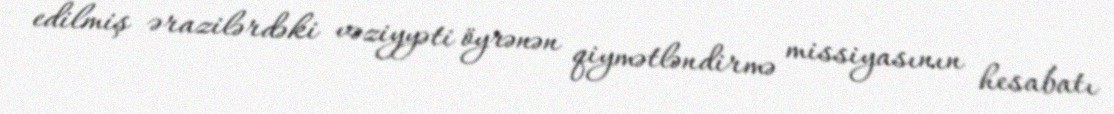
edilmiş ərazilərdəki vəziyyəti öyrənən qiymətləndirmə missiyasının hesabatı